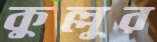
কুল্লুর